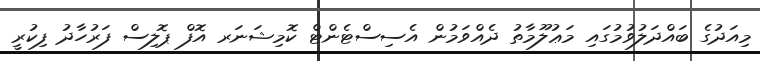
މިއަދުގެ ބައްދަލުވުމުގައި މަޢުލޫމާތު ދެއްވަމުން އެސިސްޓެންޓް ކޮމިޝަނަރ އޮފް ޕޮލިސް ފަރުހާދު ފިކުރީ